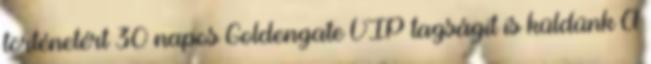
történetért 30 napos Goldengate VIP tagságit is küldünk A